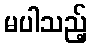
မပါသည့်